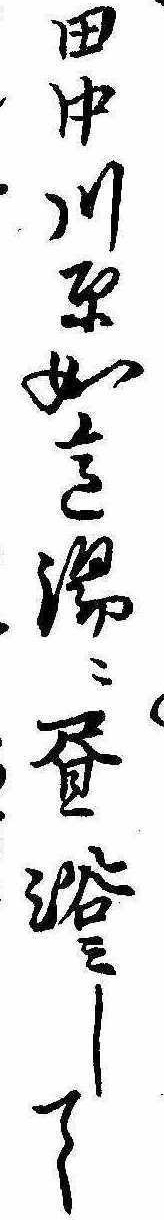
田中河原如意湯に昼浴みして